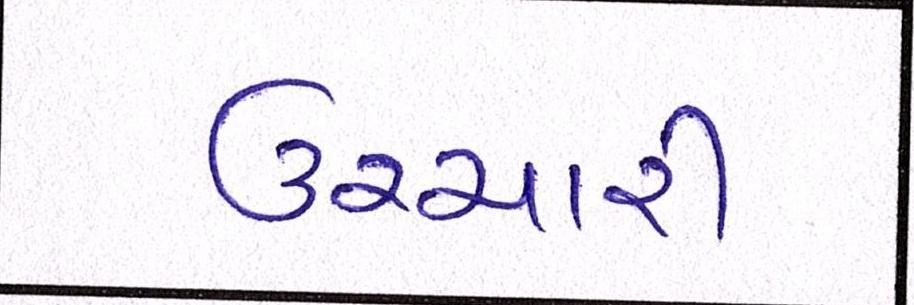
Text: ઉચ્ચારી